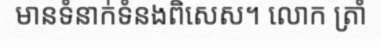
មានទំនាក់ទំនងពិសេស។ លោក ត្រាំ